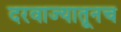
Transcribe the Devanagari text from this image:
दरवाज्यातूनच